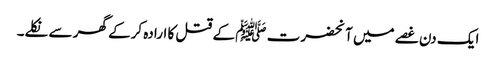
ایک دن غصے میں آنحضرت ﷺ کے قتل کا ارادہ کرکے گھر سے نکلے۔